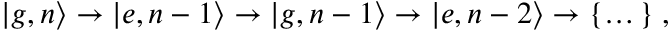
\left| g , n \right\rangle \rightarrow \left| e , n - 1 \right\rangle \rightarrow \left| g , n - 1 \right\rangle \rightarrow \left| e , n - 2 \right\rangle \rightarrow \{ \dots { } \} \; ,